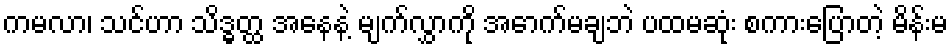
ကမလာ၊ သင်ဟာ သိဒ္ဓတ္ထ အနေနဲ့ မျက်လွှာကို အောက်မချဘဲ ပထမဆုံး စကားပြောတဲ့ မိန်းမ